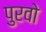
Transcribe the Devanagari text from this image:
पुरवो